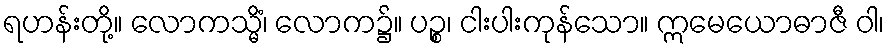
ရဟန်းတို့။ လောကသ္မိံ၊ လောက၌။ ပဉ္စ၊ ငါးပါးကုန်သော။ ဣမေယောဓာဇီ ဝါ၊